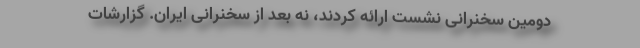
دومین سخنرانی نشست ارائه کردند، نه بعد از سخنرانی ایران. گزارشات